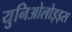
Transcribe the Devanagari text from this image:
युनिओलोइड्स